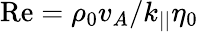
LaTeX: \mathrm{Re}=\rho_{0}v_{A}/k_{||}\eta_{0}